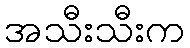
အသီးသီးက